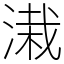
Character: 溨